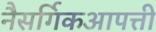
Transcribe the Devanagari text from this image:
नैसर्गिकआपत्ती